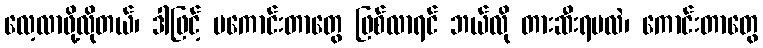
လေ့လာဖို့လိုတယ်၊ ဒါဖြင့် မကောင်းတာတွေ ဖြစ်လာရင် ဘယ်လို တားဆီးရမလဲ၊ ကောင်းတာတွေ